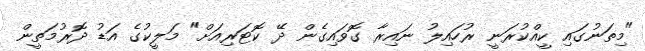
"މިތަނުގައި ކީއްކުރަނީ ރުހައިލު ނައިރާ ގޮވައިގެން ދޭ ކޮޓަރިއަށް" މަލީކުގެ އަޑު ދޮރުމަތީން